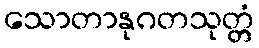
သောတာနုဂတသုတ္တံ